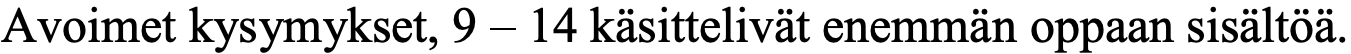
Avoimet kysymykset, 9 – 14 käsittelivät enemmän oppaan sisältöä.